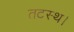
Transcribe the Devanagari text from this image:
तटस्थ।